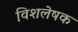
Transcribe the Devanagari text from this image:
विशलेषक